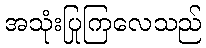
အသုံးပြုကြလေသည်